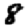
Digit: 8